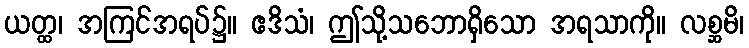
ယတ္ထ၊ အကြင်အရပ်၌။ ဧဒိသံ၊ ဤသို့သဘောရှိသော အရသာကို။ လစ္ဆမိ၊